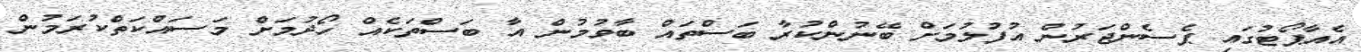
އެއާޕޯޓުގައި ޕެސެންޖަރުން އުފުލުމަށް ބޭނުންކުރާ ބަސްތައް ބާވުމުން އާ ބަސްތަކެއް ހޯދުމަށް މަސައްކަތްކުރަމުން